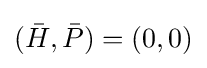
({\bar {H}},{\bar {P}})=(0,0)